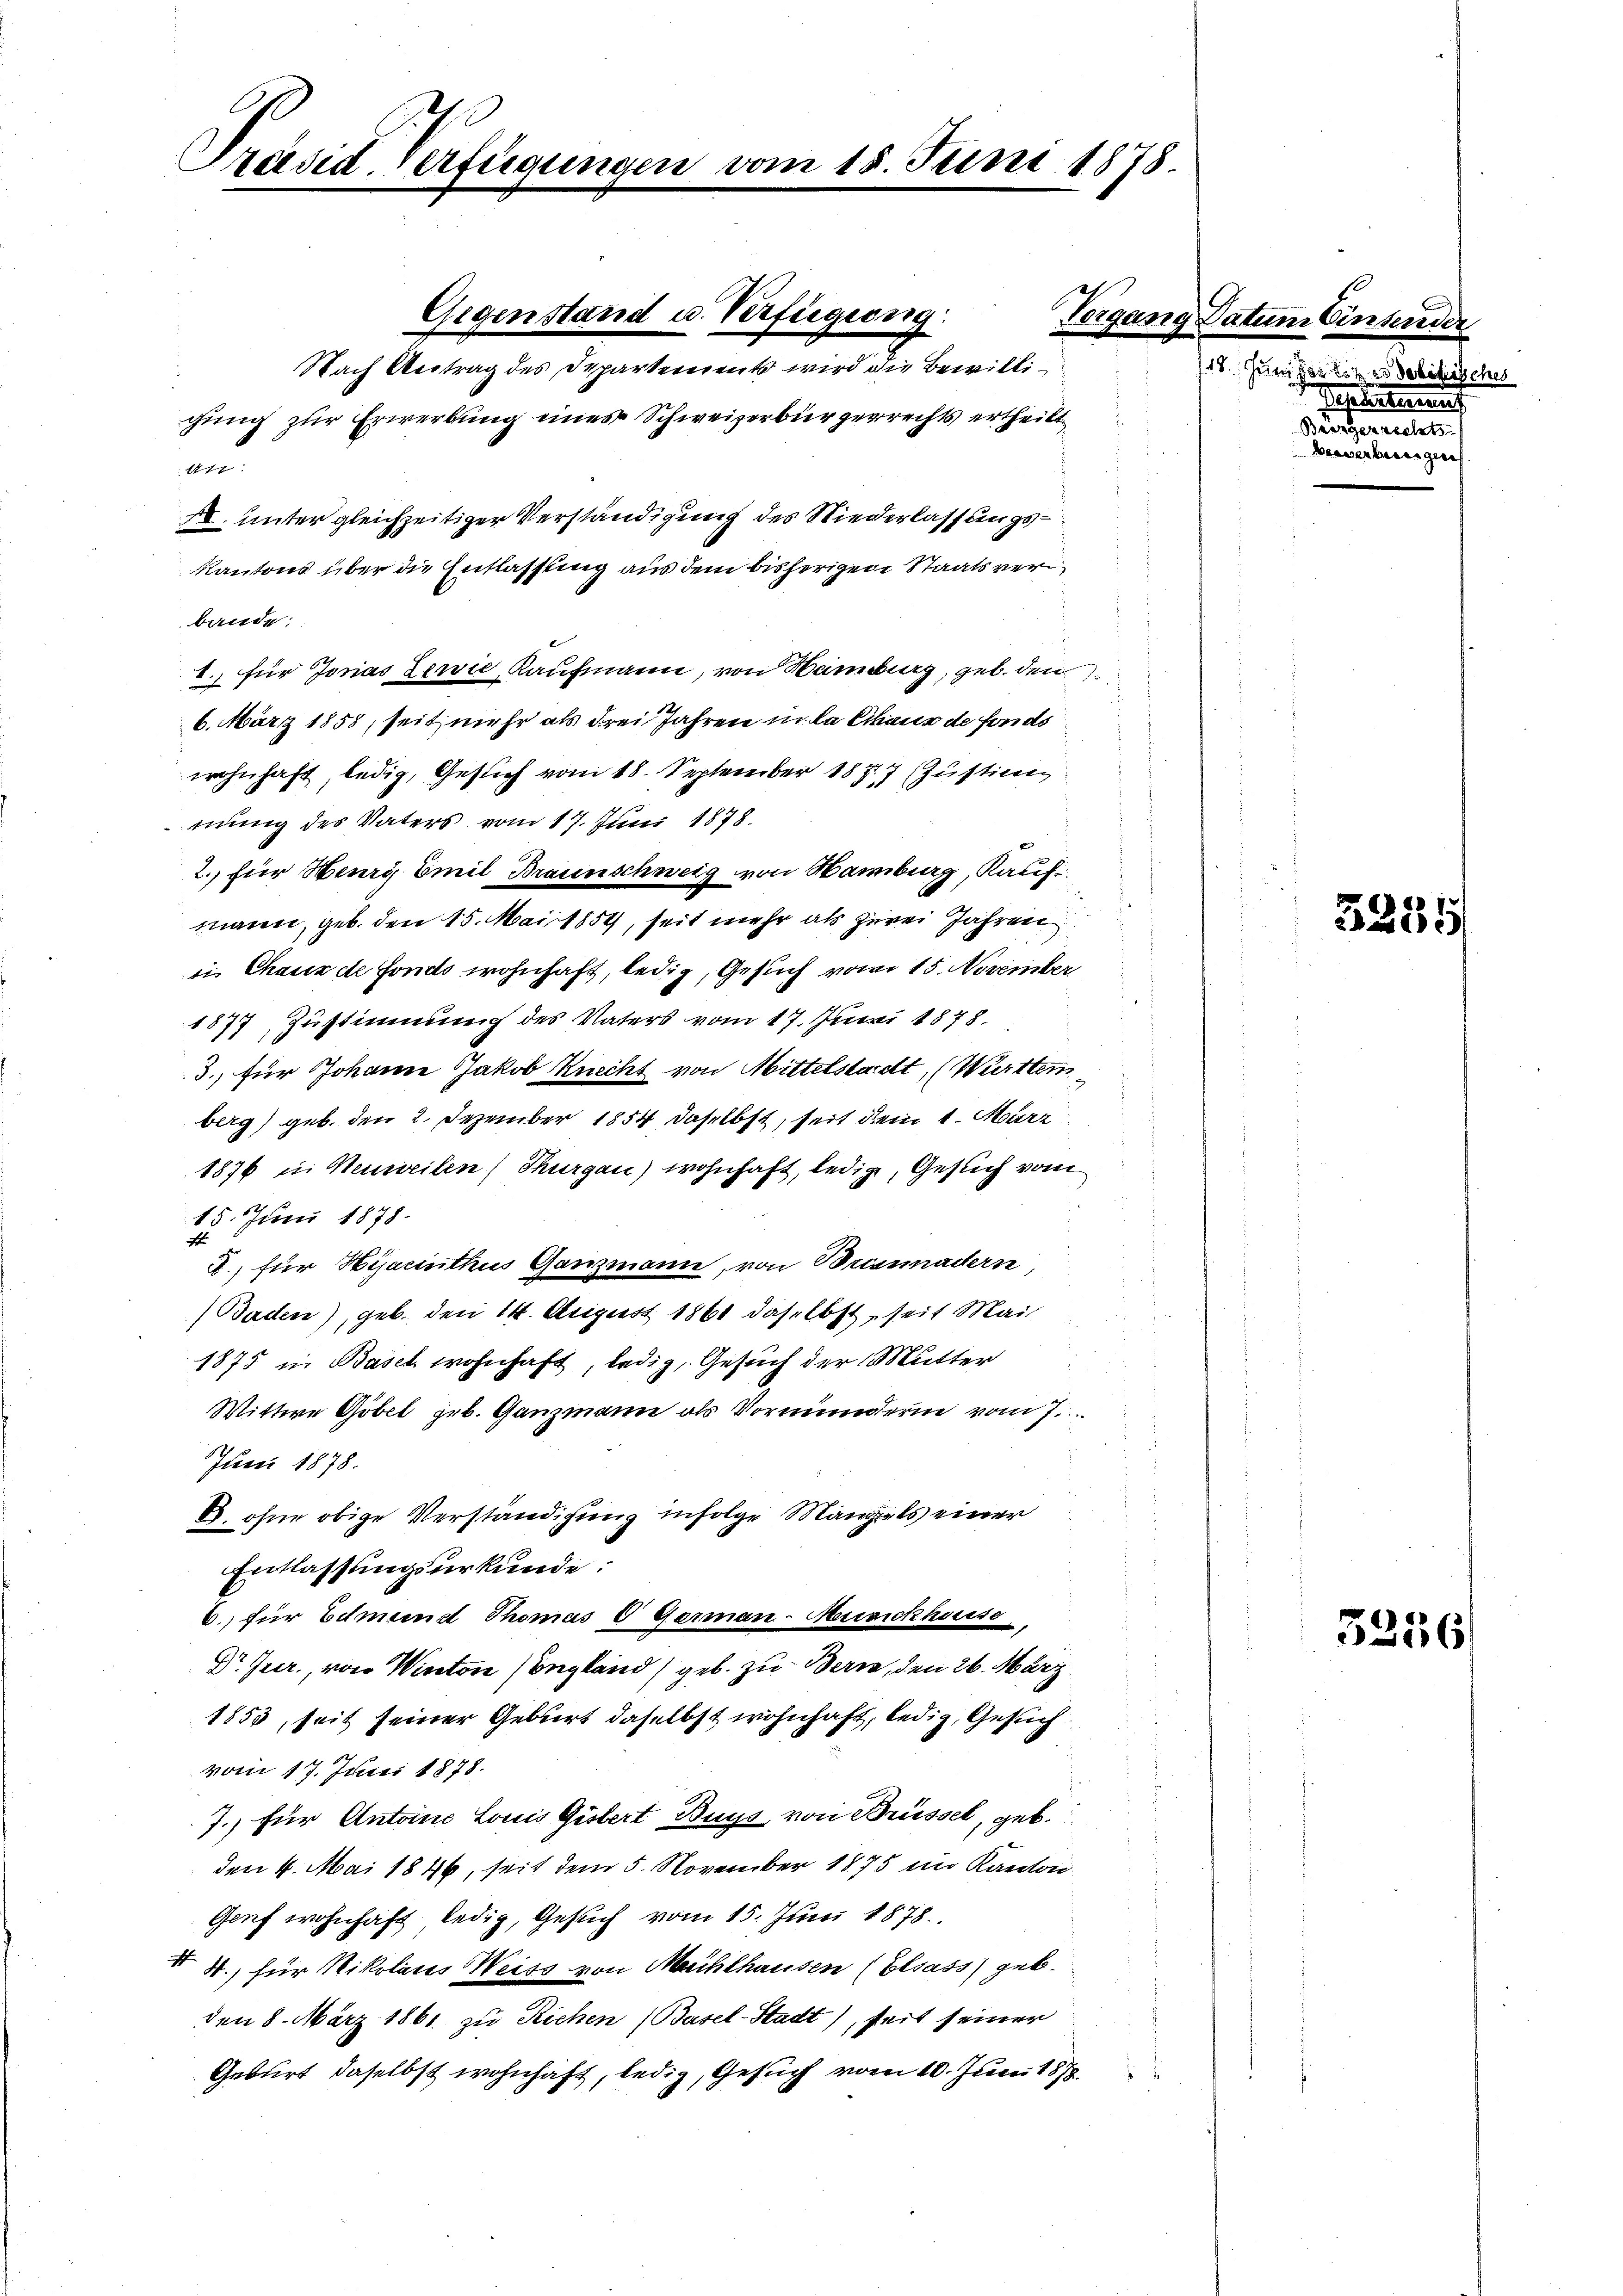
Præsid-Verfügungen vom 18. Juni 1878

gung zur Erwerbung eines Schweizerbürgerrechts ertheilt
au
XI. unter gleichzeitiger Verständigung des Niederlassungs¬
Kantons über die Entlassung aus dem bisherigen Staatsverbande;
1. für Jonas Zerie Kaufmann, von Hamburg, geb. den
6. März 1858, seit mehr als drei Jahren in la Chaus de fonds
wohnhaft ledig, Gesuch vom 18. September 1877 (Justimmung des Vaters vom 17. Juni 1878.
2. für Heury Emil Braunschweig von Hamburg, Kauf
manen, geb. den 15. Mai 1854, seit mehr als zwei Jahren
ii Chaus de Fonds wohnhaft, ledig, Gesuch vom 15. November
1877, Zustimmung des Vaters vom 17. Juni 1878.
3., für Johanne Jakob Knecht von Mittelstadt, (Württemberg) geb. den 2. Dezember 1854 daselbst, seit dem 1. März
1576 u. Heurteilen, Thurgau) wohnhaft, ledig, Geflich vom
15. Juni 1878.
d., für Hijacinthus Ganzmann, von Brismadern
(Baden), geb. den 14. August 1861 daselbst, seit Mai
1875 in Basel wohnhaft, ledig, Gesuch der Mutter
Wittwe Göbel geb. Ganzmann als Vormunderin vom 7.
Juni 1878.
6. ohne obige Verständigung infolge Mangals einer
Entlassungsurkunde:
6) für Edmund Thomas 0 German-Musickhause
Dr. Heer, von Winton (England geb. zu Bern, den 26. März
1853, seit seiner Geburt daselbst wohnhaft, ledig, Gesuch
vom 17. Juni 1878.
s
7. für Antoine Louis Gistert Buys, von Brüssel, geb.
den 4. Mai 1846, seit dem 5. November 1875 im Kanton
Genf wohnhaft ledig, Gesuch vom 15. Juni 1878.
X 8.) für Nikolaces Weiss von Machthausen (Elsass) geb.
den 8. März 1861. zu Richen (Basel-Stadt), seit seiner
Geburt daselbst wohnhaft, ledig, Gesuch vom 10. Juni 1878.

Gegenstand u. Verfügung
Nach Antrag des Departements wird die Bewilli¬

Vorgang Datum Einter

Juni far tit. 28
Pestate
Pantheen
Bewerben

5335

5256